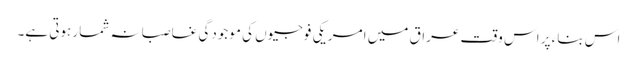
اس بناء پر اس وقت عراق میں امریکی فوجیوں کی موجودگی غاصبانہ شمار ہوتی ہے۔